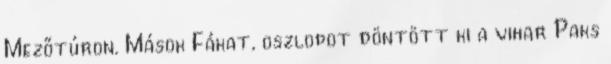
Mezőtúron. Mások Fákat, oszlopot döntött ki a vihar Paks